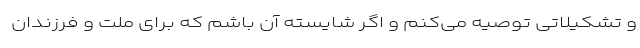
و تشکیلاتی توصیه می‌کنم و اگر شایسته آن باشم که برای ملت و فرزندان